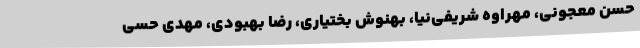
حسن معجونی، مهراوه شریفی‌نیا، بهنوش بختیاری، رضا بهبودی، مهدی حسی